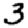
Digit: 3